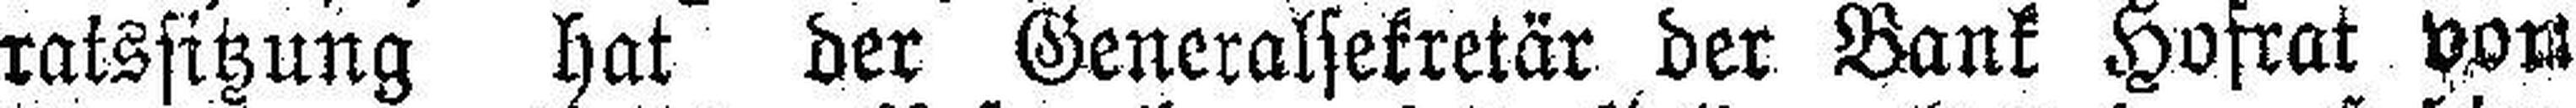
ratssitzung hat der Generalsekretär der Bank Hofrat vom